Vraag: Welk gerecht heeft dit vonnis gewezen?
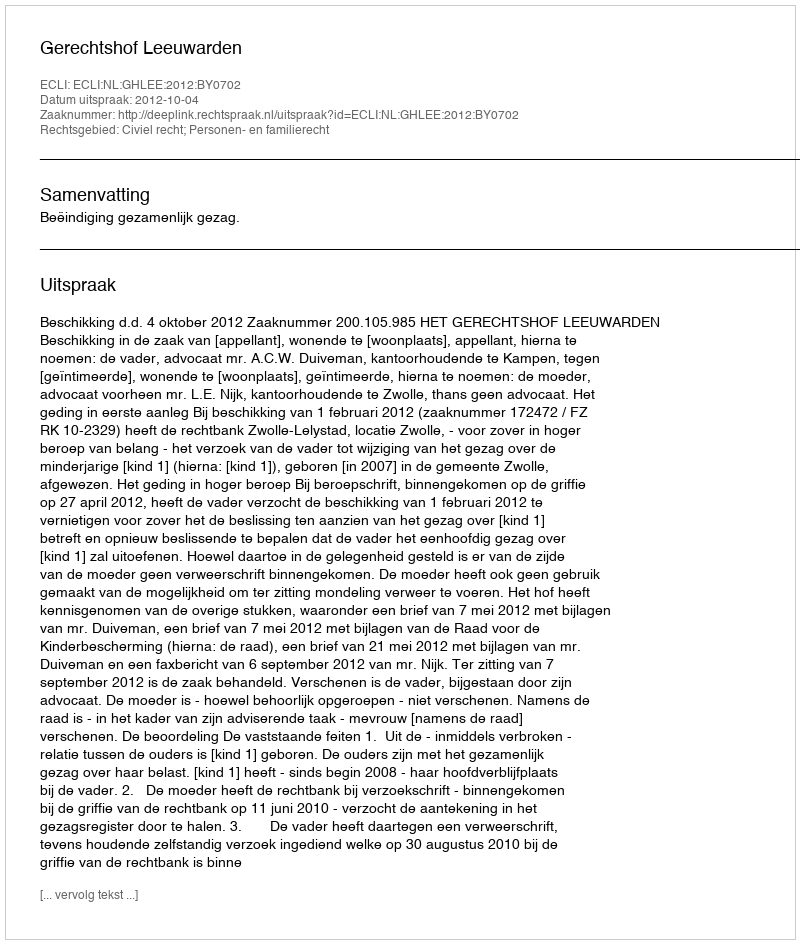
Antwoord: Gerechtshof Leeuwarden